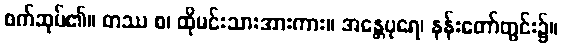
စက်ဆုပ်၏။ တဿ စ၊ ထိုမင်းသားအားကား။ အန္တေပုရေ၊ နန်းတော်တွင်း၌။